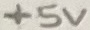
Text: +5V